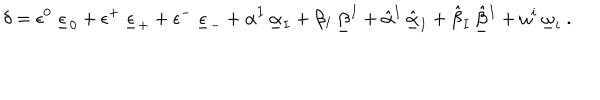
\delta = \epsilon ^ { 0 } \, \underline { { \epsilon } } _ { 0 } + \epsilon ^ { + } \, \underline { { \epsilon } } _ { + } + \epsilon ^ { - } \, \underline { { \epsilon } } _ { - } + \alpha ^ { I } \, \underline { { \alpha } } _ { I } + \beta _ { I } \, \underline { { \beta } } ^ { I } + \hat { \alpha } { } ^ { I } \, \underline { { { \hat { \alpha } } } } _ { I } + \hat { \beta } _ { I } \, \underline { { { \hat { \beta } } } } { } ^ { I } + \omega ^ { i } \, \underline { { \omega } } _ { i } \ .